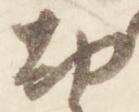
勘